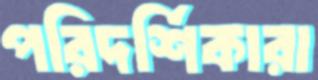
পরিদর্শিকারা